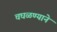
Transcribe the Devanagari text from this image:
चघळण्याने